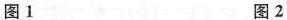
图1 图2